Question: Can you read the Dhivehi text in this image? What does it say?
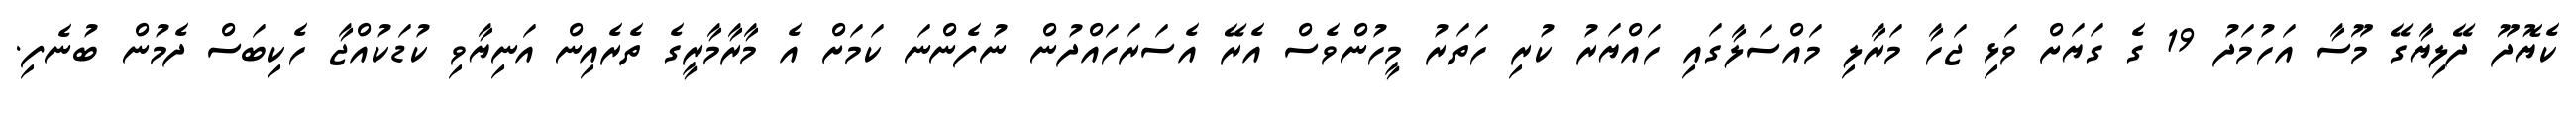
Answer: ކެޔޮދޫ ދޭލިޔާގޭ މޫސާ އަހުމަދު 19 ގެ ގަޔަށް ވަޅި ޖަހާ މަރާލި މައްސަލާގައި ހައްޔަރު ކުރި ހަތަރު މީހުންވެސް އެރޭ އެސަރަހައްދުން ނުފެންނަ ކަމަށް އެ މާރާމާރީގެ ތެރެއިން އަނިޔާވި ކުޑަކުއްޖާ ހެކިބަސް ދެމުން ބުނެފި.